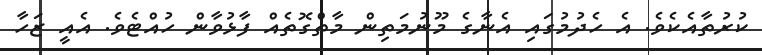
ކުރުތާއެކެވެ. އެ ހެދުމުގައި އެނާގެ މޫނުމަތިން މާތްގޮތެއް ފާޅުވާން ހުއްޓެވެ. އެއީ ޒަހާ